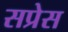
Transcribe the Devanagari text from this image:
सप्रेस